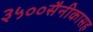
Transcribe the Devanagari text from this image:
३५००सैनीकासह